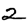
Digit: 2